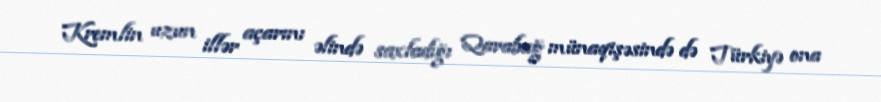
Kremlin uzun illər açarını əlində saxladığı Qarabağ münaqişəsində də Türkiyə ona